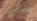
قبلك